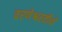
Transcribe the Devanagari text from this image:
वरणेश्वरतीर्थ